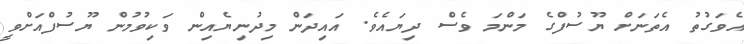
އެވަގުތު އެތަނަށް ޔޫސުފްގެ މަންމަ ވެސް ދިޔައެވެ. އައިދަން މިދުނިޔެއިން ވަކިވުމުން ޔޫސުފްއަށްވީ